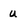
Character: u